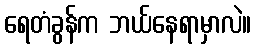
ရေတံခွန်က ဘယ်နေရာမှာလဲ။